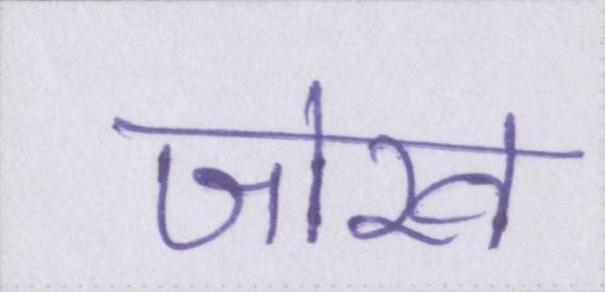
जोख